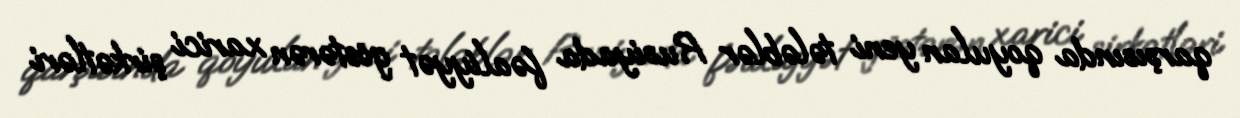
qarşısında qoyulan yeni tələblər Rusiyada fəaliyyət göstərən xarici şirkətləri